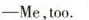
—— Me,too.